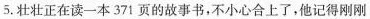
5.壮壮正在读一本371页的故事书，不小心合上了，他记得刚刚